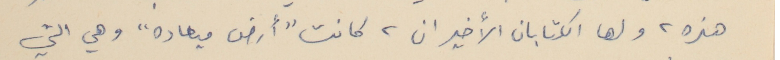
هذه، ولها الكتابان الأخيران، كانت "أرض ميعاده" وهي التي